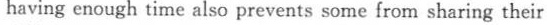
having enough time also prevents some from sharing their